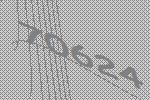
70624